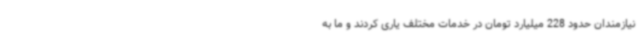
نیازمندان حدود 228 میلیارد تومان در خدمات مختلف یاری کردند و ما به